Lunatic asylums Burma 1907-21 - 1907-1921
Year: 1907
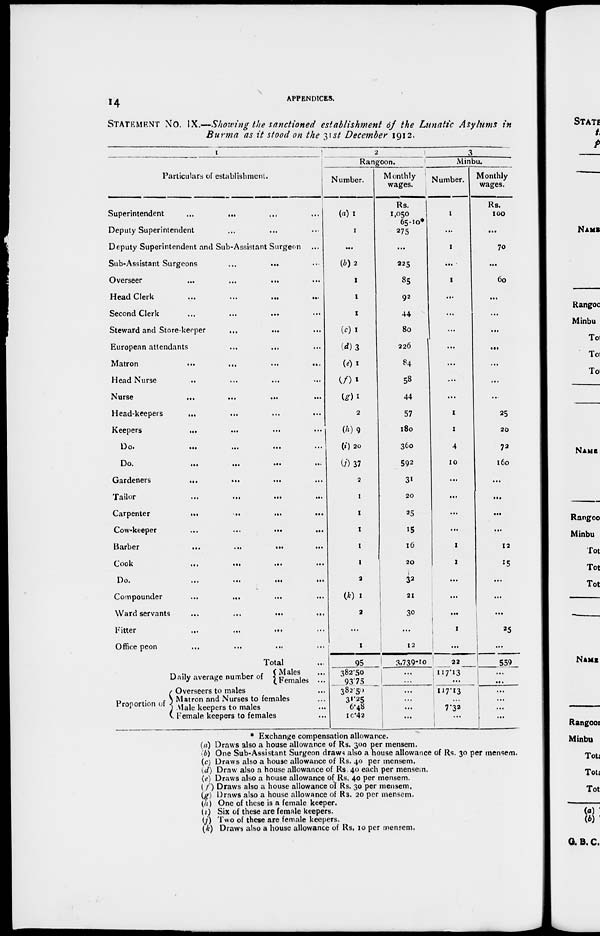
14
APPENDICES.
STATEMENT NO. IX.—Showing the sanctioned establishment of the Lunatic Asylums in
Burma as it stood on the 31st December 1912.
1
Particulars of establishment.
Superintendent ... ... ... ...
Deputy Superintendent ... ... ...
Deputy Superintendent and Sub-Assistant Surgeon ...
Sub-Assistant Surgeons
...
... ...
Overseer
...
...
... ...
Head Clerk
...
...
...
...
Second Clerk
...
...
... ...
Steward and Store-keeper ... ... ...
European attendants ... ... ...
Matron
...
...
...
...
Head Nurse ... ... ... ...
Nurse
...
...
...
...
Head-keepers
... ... ... ...
Keepers
... ... ... ...
Do.
...
...
...
...
Do.
...
...
...
...
Gardeners
... ... ... ...
Tailor
...
...
...
...
Carpenter
...
...
...
...
Cow-keeper
...
...
...
...
Barber
...
...
...
...
Cook
...
...
...
...
Do.
...
...
...
...
Compounder
...
...
...
...
Ward servants
...
...
...
...
Fitter
...
...
...
...
Office peon ... ... ... ...
Total ...
2
Rangoon.
Number.
(a)1
1
...
(b)2
1
1
1
(c)1
(d) 3
(e) 1
(f)
1
(g) 1
2
(h) 9
(i) 20
(j) 37
2
1
1
1
1
1
2
(k) 1
2
...
1
95
Monthly
wages.
Rs.
1,050
65.10*
275
...
225
85
92
44
80
226
84
58
44
57
180
360
592
31
20
25
15
16
20
32
21
30
...
12
3,739-10
3
Minbu.
Number.
1
...
1
...
1
...
...
...
...
...
...
...
1
1
4
10
...
...
...
...
1
1
...
...
...
1
...
22
Monthly
wages.
Rs.
100
...
70
...
60
...
...
...
...
...
...
...
25
20
72
160
...
...
...
...
12
15
...
...
...
25
...
559
Daily average number of
Proportion of
Males ...
Females ...
Overseers to males
...
Matron and Nurses to females ...
Male keepers to males
...
Female keepers to females
...
382.50
93.75
382.50
31.25
6.48
10.42
...
...
...
...
...
...
117.13
...
117.13
...
7.32
...
...
...
...
...
...
...
* Exchange compensation allowance.
(a) Draws also a house allowance of Rs. 300 per mensem.
(b) One Sub-Assistant Surgeon draws also a house allowance of Rs. 30 per mensem.
(c) Draws also a house allowance of Rs. 40 per mensem.
(d) Draw also a house allowance of Rs. 40 each per mensem.
(e) Draws also a house allowance of Rs. 40 per mensem.
(f) Draws also a house allowance of Rs. 30 per mensem.
(g) Draws also a house allowance of Rs. 20 per mensem.
(h) One of these is a female keeper.
(i) Six of these are female keepers.
(j) Two of these are female keepers.
(k) Draws also a house allowance of Rs. 10 per mensem.